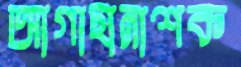
আগাছানাশক